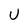
Character: U